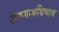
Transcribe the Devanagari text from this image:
आश्रयाश्रयिभाव